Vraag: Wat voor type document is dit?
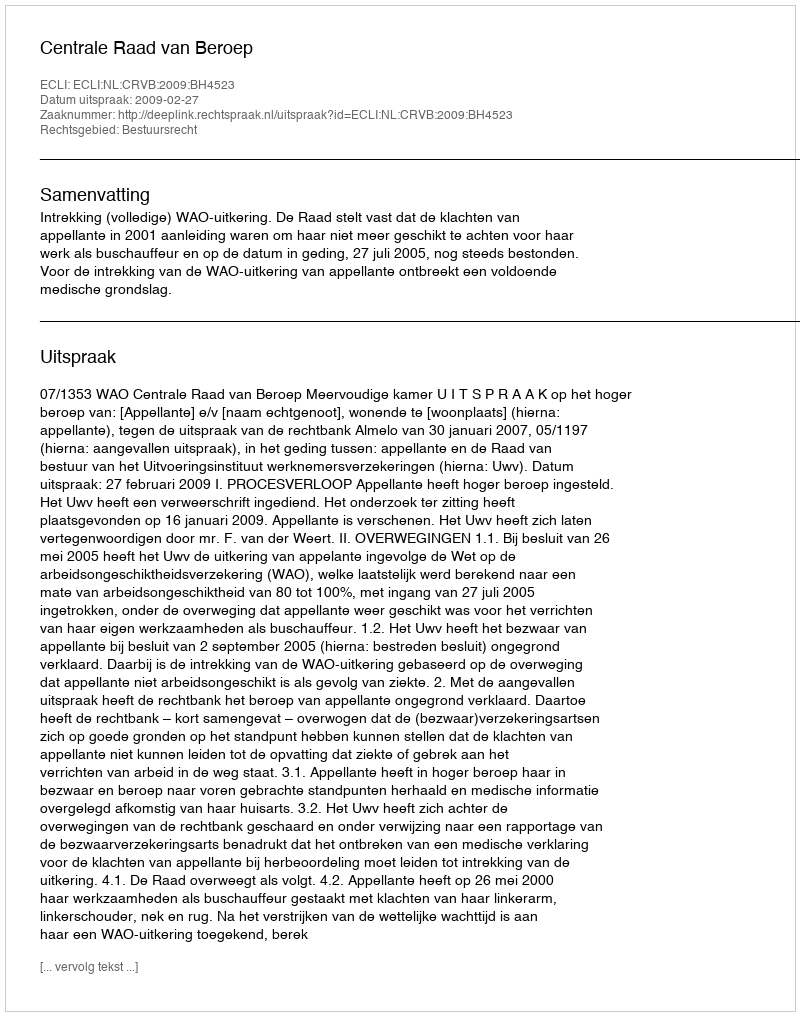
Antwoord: Uitspraak